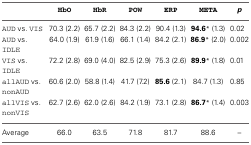
<table><thead><tr><td></td><td><b>HbO</b></td><td><b>HbR</b></td><td><b>POW</b></td><td><b>ERP</b></td><td><b>META</b></td><td><b><i>p</i></b></td></tr></thead><tbody><tr><td>AUD vs. VIS</td><td>70.3 (2.2)</td><td>65.7 (2.2)</td><td>84.3 (2.2)</td><td>90.4 (1.3)</td><td><b>94.6</b>* (1.3)</td><td>0.02</td></tr><tr><td>AUD vs. IDLE</td><td>64.0 (1.9)</td><td>61.9 (1.6)</td><td>66.1 (1.4)</td><td>84.2 (2.1)</td><td><b>86.9</b>* (2.0)</td><td>0.002</td></tr><tr><td>VIS vs. IDLE</td><td>72.2 (2.8)</td><td>69.0 (4.0)</td><td>82.5 (2.9)</td><td>75.3 (2.6)</td><td><b>89.9</b>* (1.8)</td><td>0.01</td></tr><tr><td>allAUD vs. nonAUD</td><td>60.6 (2.0)</td><td>58.8 (1.4)</td><td>41.7 (7.2)</td><td><b>85.6</b> (2.1)</td><td>84.7 (1.3)</td><td>0.85</td></tr><tr><td>allVIS vs. nonVIS</td><td>62.7 (2.6)</td><td>62.0 (2.6)</td><td>84.2 (1.9)</td><td>73.1 (2.8)</td><td><b>86.7</b>* (1.4)</td><td>0.003</td></tr><tr><td>Average</td><td>66.0</td><td>63.5</td><td>71.8</td><td>81.7</td><td>88.6</td><td>–</td></tr></tbody></table>